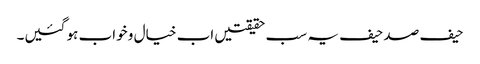
حیف صد حیف یہ سب حقیقتیں اب خیال و خواب ہو گئیں۔